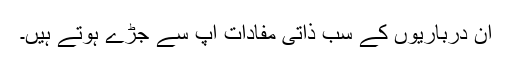
ان درباریوں کے سب ذاتی مفادات آپ سے جڑے ہوتے ہیں۔